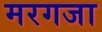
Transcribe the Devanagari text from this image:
मरगजा